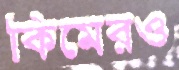
কিমেরও